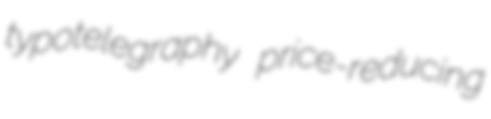
typotelegraphy price-reducing